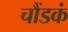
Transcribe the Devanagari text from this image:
चौंडकं